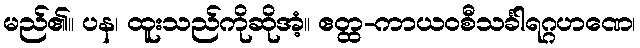
မည်၏။ ပန၊ ထူးသည်ကိုဆိုအံ့။ ဧတ္ထ-ကာယဝစီသင်္ခါရဂ္ဂဟဏေ၊